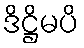
ဒိဋ္ဌိမပိ